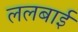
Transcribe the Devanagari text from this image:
ललबाई